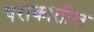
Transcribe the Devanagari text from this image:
पराकातील